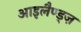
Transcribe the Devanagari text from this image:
आइलैण्ड्ज़